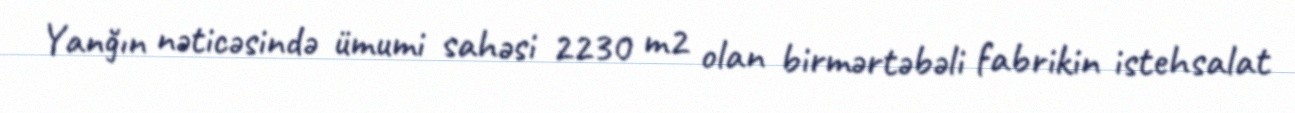
Yanğın nəticəsində ümumi sahəsi 2230 m2 olan birmərtəbəli fabrikin istehsalat